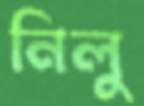
নিলু